Vaccination in Bombay 1869-1873 - 1869-1873
Year: 1869
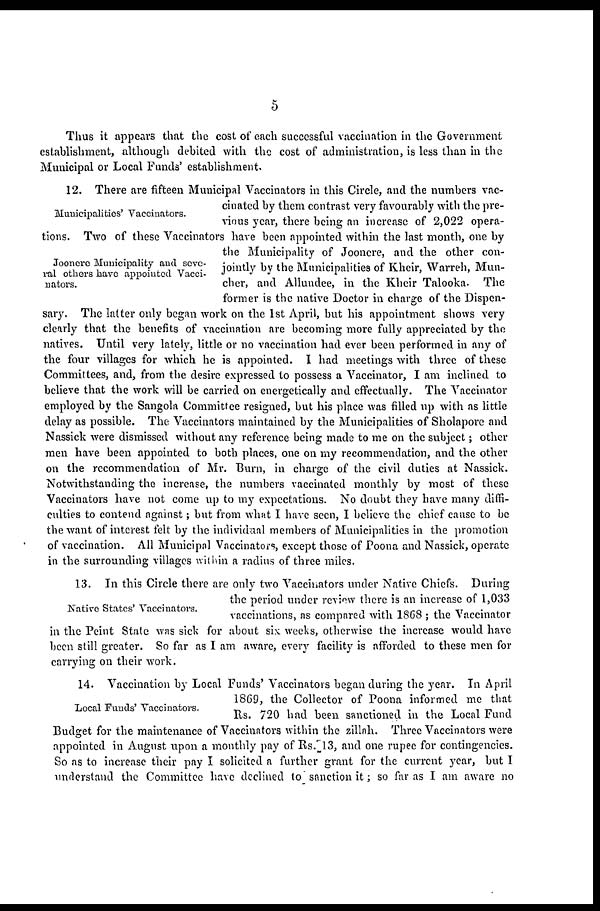
5
Thus it appears that the cost of each successful vaccination in the Government
establishment, although debited with the cost of administration, is less than in the
Municipal or Local Funds' establishment.
Municipalities' Vaccinators.
Joonere Municipality and seve¬
ral others have appointed Vacci¬
nators.
12. There are fifteen Municipal Vaccinators in this Circle, and the numbers vac-
cinated by them contrast very favourably with the pre-
vious year, there being an increase of 2,022 opera-
tions. Two of these Vaccinators have been appointed within the last month, one by
the Municipality of Joonere, and the other con-
jointly by the Municipalities of Kheir, Warreh, Mun-
cher, and Allundee, in the Kheir Talooka. The
former is the native Doctor in charge of the Dispen¬
sary. The latter only began work on the 1st April, but his appointment shows very
clearly that the benefits of vaccination are becoming more fully appreciated by the
natives. Until very lately, little or no vaccination had ever been performed in any of
the four villages for which he is appointed. I had meetings with three of these
Committees, and, from the desire expressed to possess a Vaccinator, I am inclined to
believe that the work will be carried on energetically and effectually. The Vaccinator
employed by the Sangola Committee resigned, but his place was filled up with as little
delay as possible. The Vaccinators maintained by the Municipalities of Sholapore and
Nassick were dismissed without any reference being made to me on the subject; other
men have been appointed to both places, one on my recommendation, and the other
on the recommendation of Mr. Burn, in charge of the civil duties at Nassick.
Notwithstanding the increase, the numbers vaccinated monthly by most of these
Vaccinators have not come up to my expectations. No doubt they have many diffi-
culties to contend against; but from what I have seen, I believe the chief cause to be
the want of interest felt by the individual members of Municipalities in the promotion
of vaccination. All Municipal Vaccinators, except those of Poona and Nassick, operate
in the surrounding villages within a radius of three miles.
Native States' Vaccinators.
13. In this Circle there are only two Vaccinators under Native Chiefs. During
the period under review there is an increase of 1,033
vaccinations, as compared with 1868 ; the Vaccinator
in the Peint State was sick for about six weeks, otherwise the increase would have
been still greater. So far as I am aware, every facility is afforded to these men for
carrying on their work.
Local Funds' Vaccinators.
14. Vaccination by Local Funds' Vaccinators began during the year. In April
1869, the Collector of Poona informed me that
Rs. 720 had been sanctioned in the Local Fund
Budget for the maintenance of Vaccinators within the zillah. Three Vaccinators were
appointed in August upon a monthly pay of Rs.13, and one rupee for contingencies.
So as to increase their pay I solicited a further grant for the current year, but I
understand the Committee have declined to sanction it; so far as I am aware no